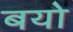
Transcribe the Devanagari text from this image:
बयो